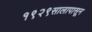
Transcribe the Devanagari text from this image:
१९२९सालापासून